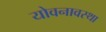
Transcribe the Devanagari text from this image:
योवनावस्था